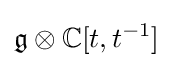
{\mathfrak {g}}\otimes \mathbb {\mathbb {C} } [t,t^{-1}]